Civil Veterinary Dept. Bombay admin report 1923-31 - 1923-1931
Year: 1923
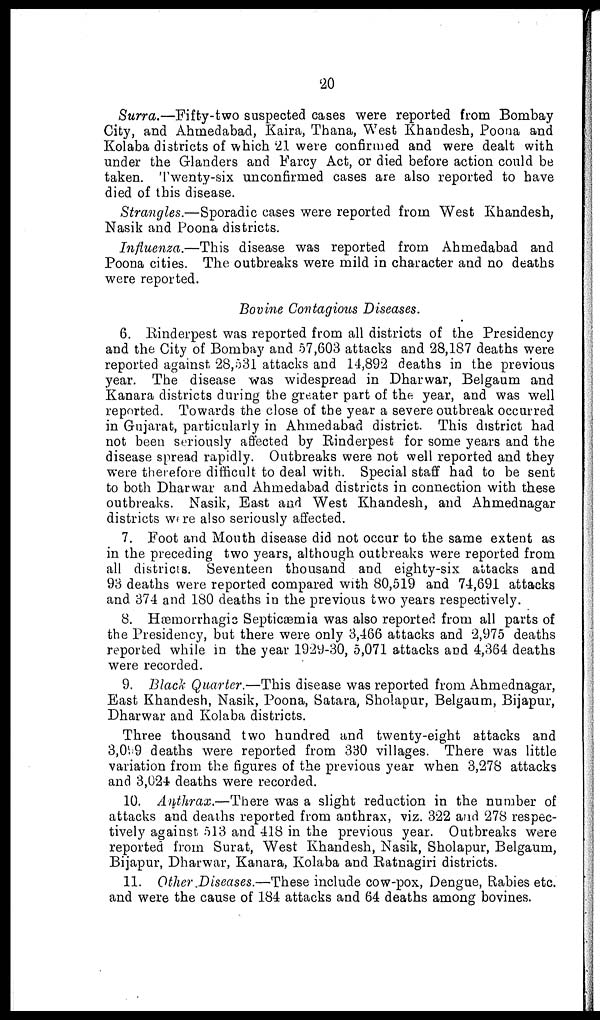
20
Surra.—Fifty-two suspected cases were reported from Bombay
City, and Ahmedabad, Kaira, Thana, West Khandesh, Poona and
Kolaba districts of which 21 were confirmed and were dealt with
under the Glanders and Farcy Act, or died before action could be
taken. Twenty-six unconfirmed cases are also reported to have
died of this disease.
Strangles.—Sporadic cases were reported from West Khandesh,
Nasik and Poona districts.
Influenza.—This disease was reported from Ahmedabad and
Poona cities. The outbreaks were mild in character and no deaths
were reported.
Bovine Contagious Diseases.
6. Rinderpest was reported from all districts of the Presidency
and the City of Bombay and 57,603 attacks and 28,187 deaths were
reported against 28,531 attacks and 14,892 deaths in the previous
year. The disease was widespread in Dharwar, Belgaum and
Kanara districts during the greater part of the year, and was well
reported. Towards the close of the year a severe outbreak occurred
in Gujarat, particularly in Ahmedabad district. This district had
not been seriously affected by Rinderpest for some years and the
disease spread rapidly. Outbreaks were not well reported and they
were therefore difficult to deal with. Special staff had to be sent
to both Dharwar and Ahmedabad districts in connection with these
outbreaks. Nasik, East and West Khandesh, and Ahmednagar
districts were also seriously affected.
7. Foot and Mouth disease did not occur to the same extent as
in the preceding two years, although outbreaks were reported from
all districts. Seventeen thousand and eighty-six attacks and
93 deaths were reported compared with 80,519 and 74,691 attacks
and 374 and 180 deaths in the previous two years respectively.
8. Hæmorrhagic Septicæmia was also reported from all parts of
the Presidency, but there were only 3,466 attacks and 2,975 deaths
reported while in the year 1929-30, 5,071 attacks and 4,364 deaths
were recorded.
9. Black Quarter.—This disease was reported from Ahmednagar,
East Khandesh, Nasik, Poona, Satara, Sholapur, Belgaum, Bijapur,
Dharwar and Kolaba districts.
Three thousand two hundred and twenty-eight attacks and
3,099 deaths were reported from 330 villages. There was little
variation from the figures of the previous year when 3,278 attacks
and 3,024 deaths were recorded.
10. Anthrax.—There was a slight reduction in the number of
attacks and deaths reported from anthrax, viz. 322 and 278 respec-
tively against 513 and 418 in the previous year. Outbreaks were
reported from Surat, West Khandesh, Nasik, Sholapur, Belgaum,
Bijapur, Dharwar, Kanara, Kolaba and Ratnagiri districts.
11. Other .Diseases.—These include cow-pox, Dengue, Rabies etc.
and were the cause of 184 attacks and 64 deaths among bovines.